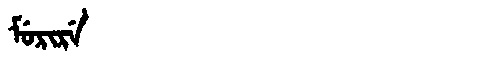
Manchu: ᠮᡠᡵᡳᡵᡝ
Romanization: MURIRE